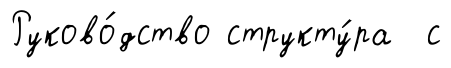
Руково́дство структу́ра с